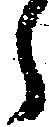
う